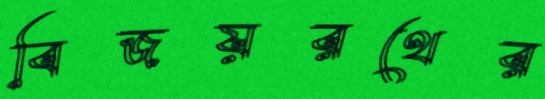
বিজয়রথের